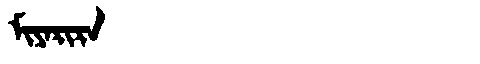
Manchu: ᠮᡳᠶᠠᡵᡳᡵᠠ
Romanization: MIYARIRA